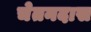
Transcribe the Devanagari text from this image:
चेतनदास